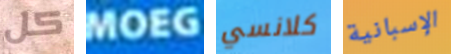
كل MOEG كلانسي الإسبانية